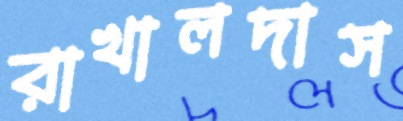
রাখালদাস